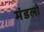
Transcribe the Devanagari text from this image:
मंडलो